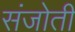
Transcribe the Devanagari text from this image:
संजोती